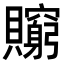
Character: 𧸺